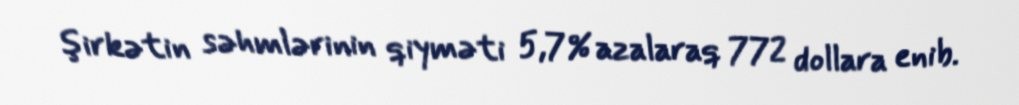
şirkətin səhmlərinin qiyməti 5,7% azalaraq 772 dollara enib.